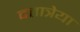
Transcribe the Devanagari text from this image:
दत्तात्रेया